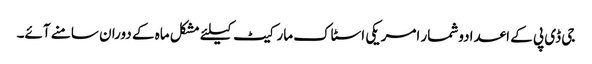
جی ڈی پی کے اعدادوشمار امریکی اسٹاک مارکیٹ کیلئے مشکل ماہ کے دوران سامنے آئے۔